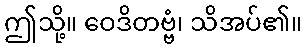
ဤသို့။ ဝေဒိတဗ္ဗံ၊ သိအပ်၏။